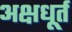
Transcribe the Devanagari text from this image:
अक्षधूर्त